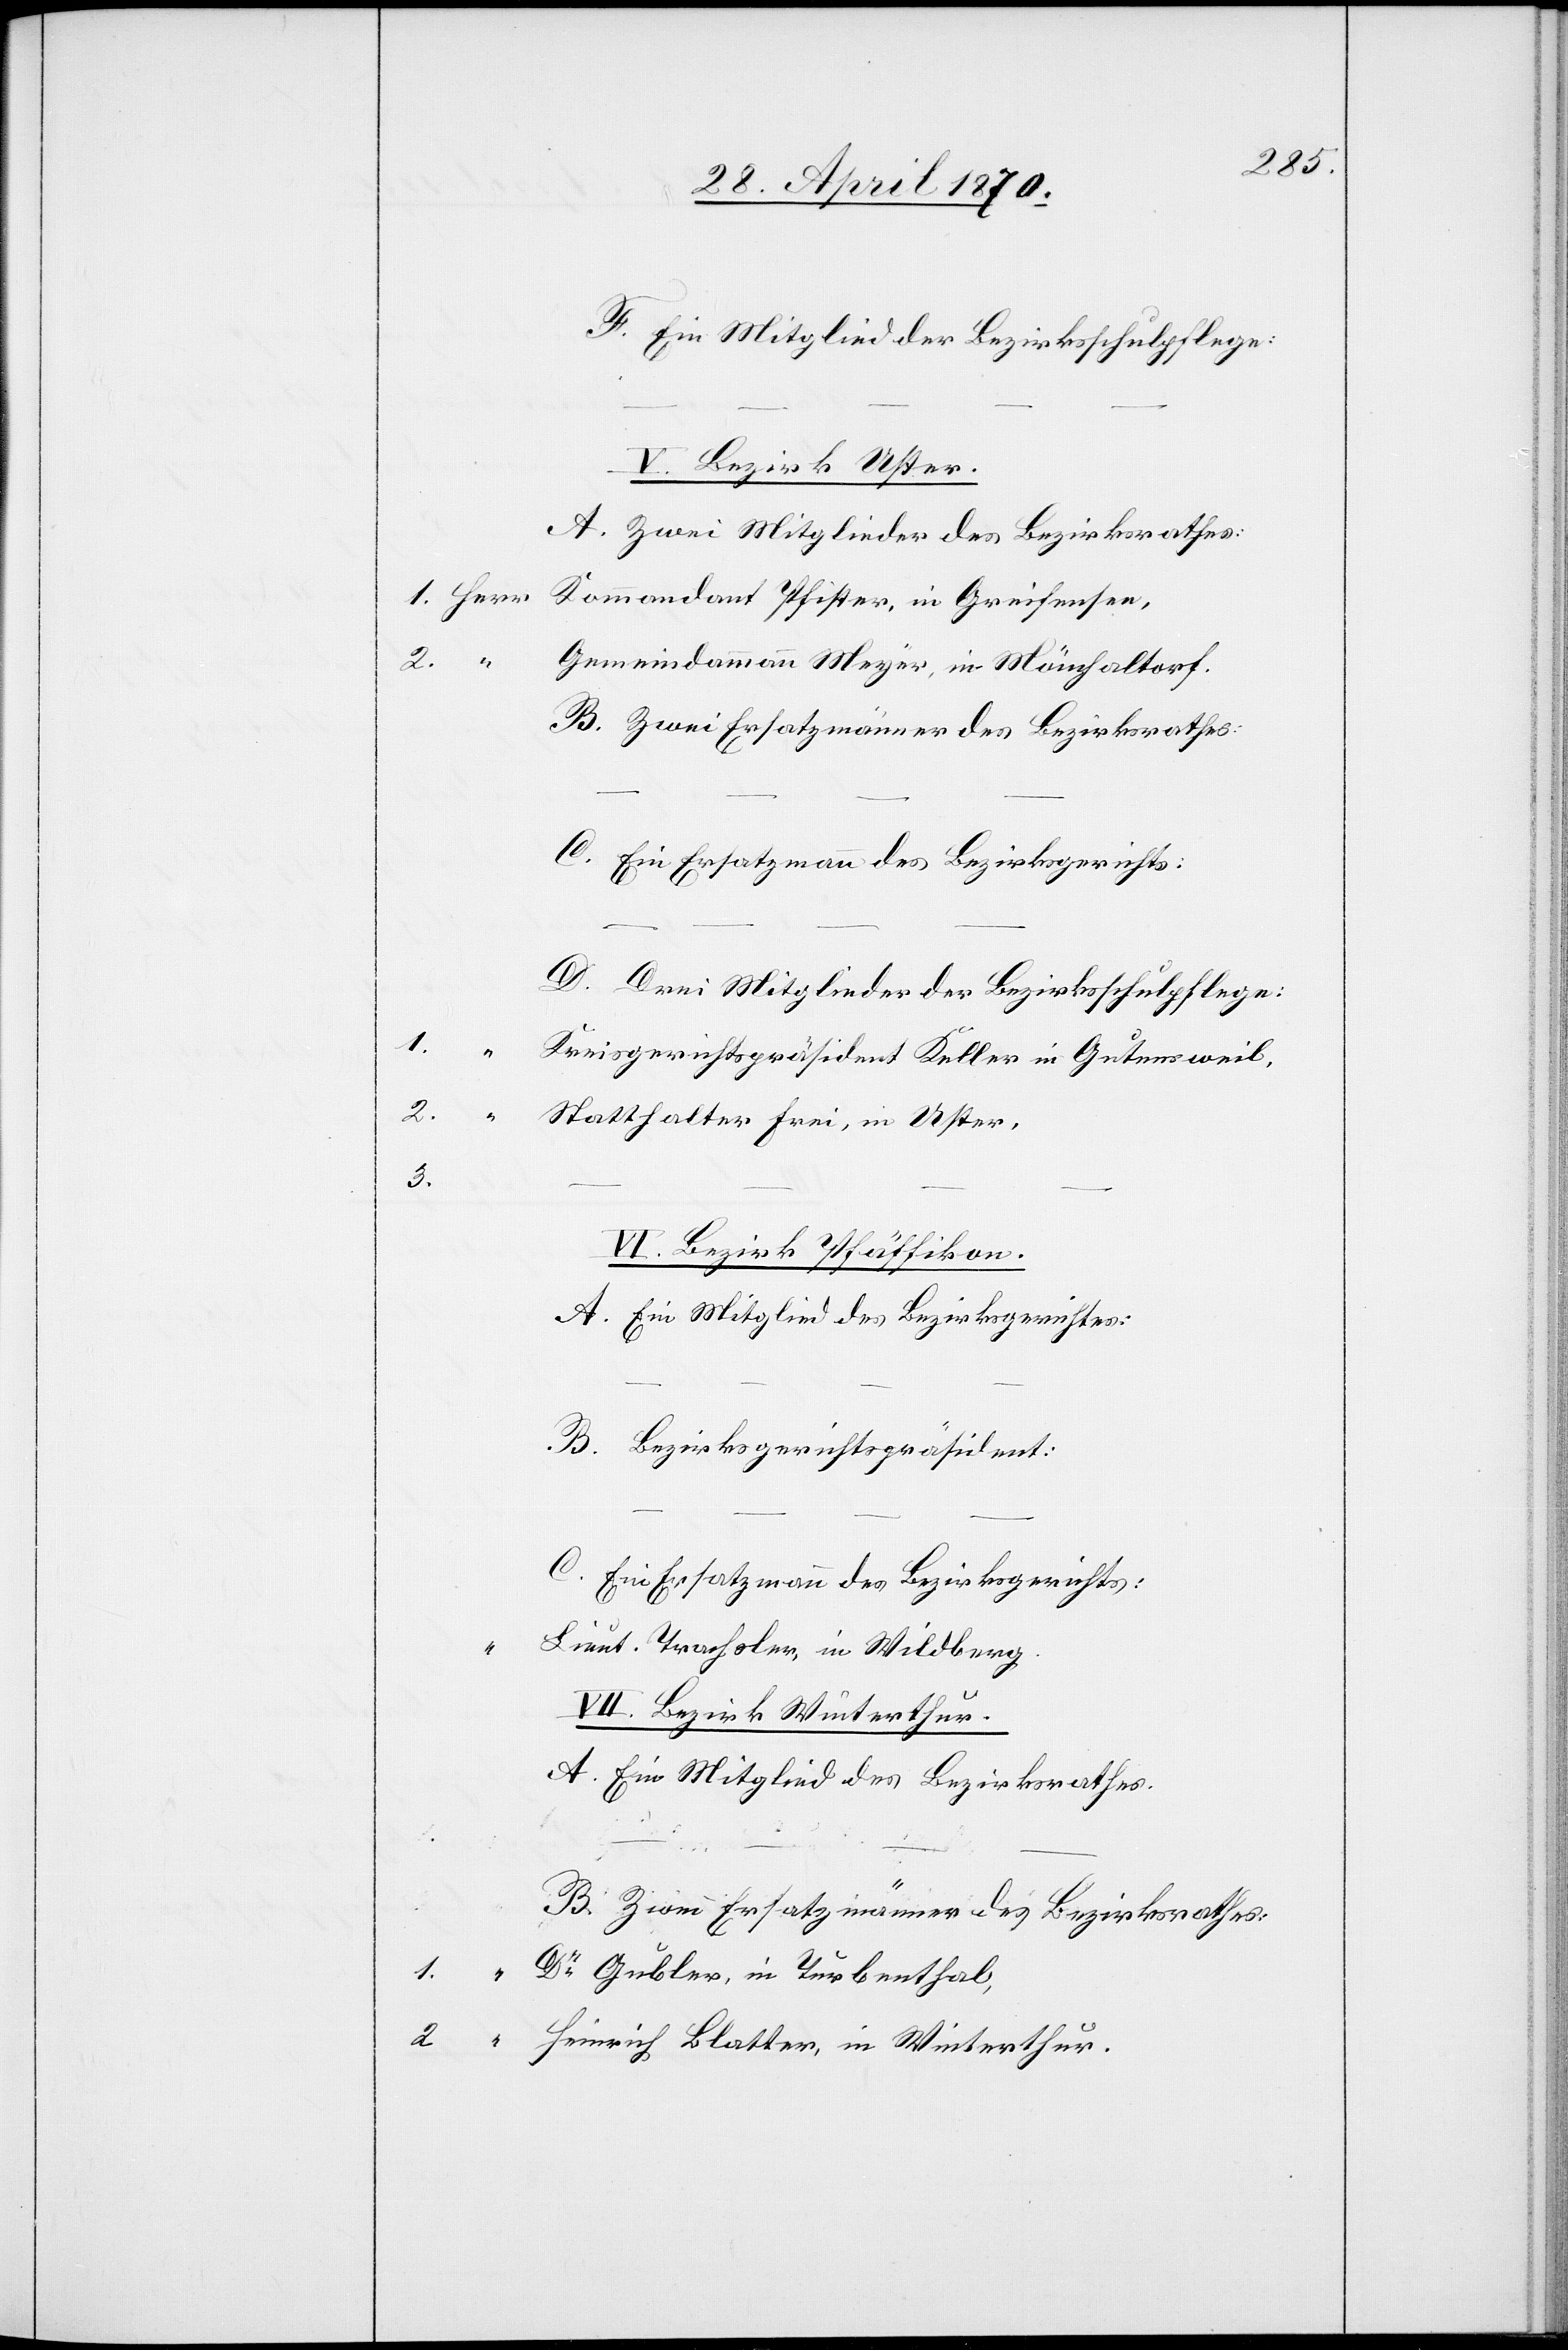
F. Ein Mitglied der Bezirksschulpflege:
V. Bezirk Uster.
A. Zwei Mitglieder des Bezirksrathes:
Gemeindammann Meyer, in Mönchaltorf.
B. Zwei Ersatzmänner des Bezirksrathes:
C. Ein Ersatzmann des Bezirksgerichts:
D. Drei Mitglieder der Bezirksschulpflege:
Kreisgerichtspräsident Keller in Gutensweil,
3.
VI. Bezirk Pfäffikon.
A. Ein Mitglied des Bezirksgerichtes:
B. Bezirksgerichtspräsident:
C. Ein Ersatzmann des Bezirksgerichts:
“
Lieut. Trachsler, in Wildberg.
VII. Bezirk Winterthur.
A. Ein Mitglied des Bezirksrathes.
1.
Dr Gubler, in Turbenthal,
2.
Heinrich Blatter, in Winterthur.